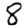
Digit: 8